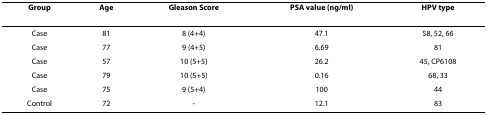
<table><thead><tr><td><b>Group</b></td><td><b>Age</b></td><td><b>Gleason Score</b></td><td><b>PSA value (ng/ml)</b></td><td><b>HPV type</b></td></tr></thead><tbody><tr><td>Case</td><td>81</td><td>8 (4+4)</td><td>47.1</td><td>58, 52, 66</td></tr><tr><td>Case</td><td>77</td><td>9 (4+5)</td><td>6.69</td><td>81</td></tr><tr><td>Case</td><td>57</td><td>10 (5+5)</td><td>26.2</td><td>45, CP6108</td></tr><tr><td>Case</td><td>79</td><td>10 (5+5)</td><td>0.16</td><td>68, 33</td></tr><tr><td>Case</td><td>75</td><td>9 (5+4)</td><td>100</td><td>44</td></tr><tr><td>Control</td><td>72</td><td>-</td><td>12.1</td><td>83</td></tr></tbody></table>